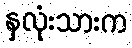
နှလုံးသားက